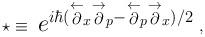
LaTeX: \begin{align*}\star \equiv ~ \hbox{{\Large $e^{ i \hbar(\stackrel{\leftarrow }{\partial }_{x}\stackrel{\rightarrow }{\partial }_{p}-\stackrel{\leftarrow }{\partial }_{p}\stackrel{\rightarrow }{\partial }_{x})/2} $}}~,\end{align*}